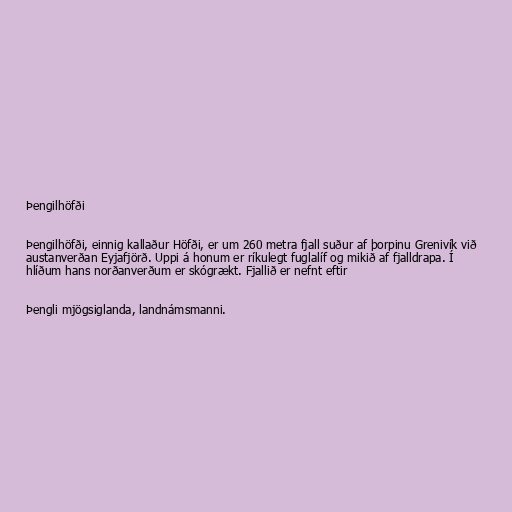
Þengilhöfði

Þengilhöfði, einnig kallaður Höfði, er um 260 metra fjall suður af þorpinu Grenivík við
austanverðan Eyjafjörð. Uppi á honum er ríkulegt fuglalíf og mikið af fjalldrapa. Í
hlíðum hans norðanverðum er skógrækt. Fjallið er nefnt eftir

Þengli mjögsiglanda, landnámsmanni.